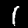
Label: 1